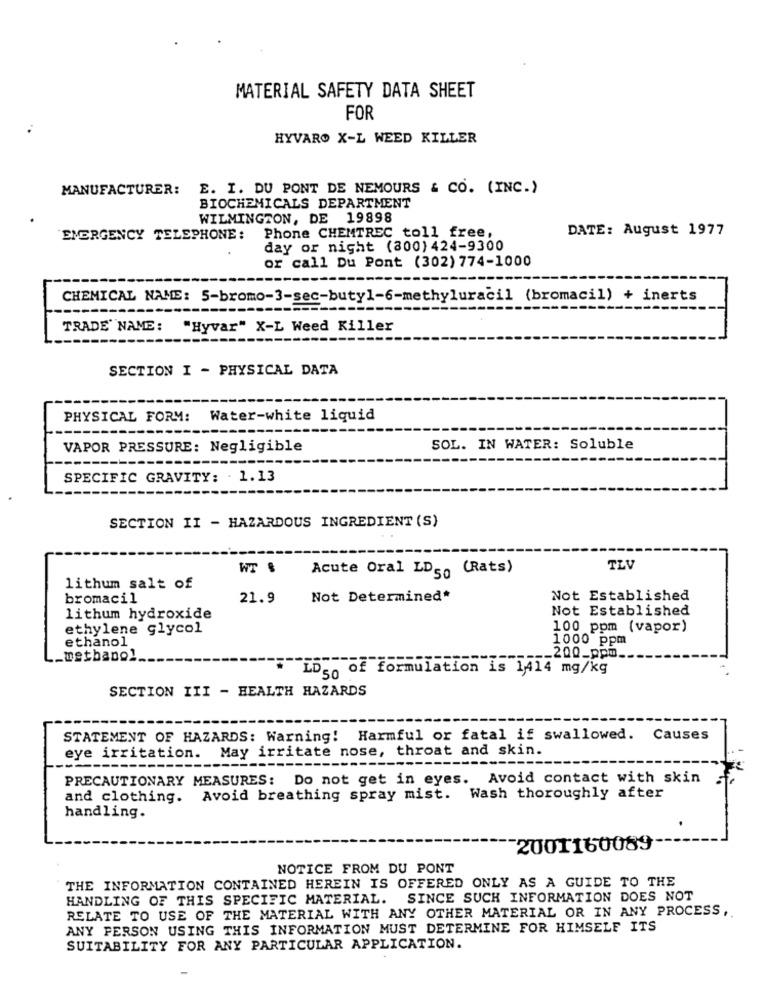
MATERIAL SAFETY DATA SHEET
FOR
HYVARO X-L WEED KILLER
MANUFACTURER:
E. I. DU PONT DE NEMOURS & CO. (INC.)
BIOCHEMICALS DEPARTMENT
WILMINGTON, DE 19898
Phone CHEMTREC toll free,
DATE: August 1977
EMERGENCY TELEPHONE:
day or night (800) 424-9300
or call Du Pont (302) 774-1000
CHEMICAL NAME: 5-bromo-3-sec-butyl-6-methyluracil (bromacil) + inerts
TRADE" NAME: "Hyvar" X-L Weed Killer
SECTION I - PHYSICAL DATA
PHYSICAL FORM:
Water-white liquid
VAPOR PRESSURE: Negligible
SOL. IN WATER: Soluble
SPECIFIC GRAVITY: . 1.13
SECTION II - HAZARDOUS INGREDIENT (S)
WT .
Acute Oral LD50 (Rats)
TLV
lithum salt of
bromacil
21.9
Not Determined*
Not Established
Not Established
lithum hydroxide
ethylene glycol
100 ppm (vapor)
ethanol
1000 ppm
methanol
__ 200_ppm.
LD50 of formulation is 1,414 mg/kg
SECTION III - HEALTH HAZARDS
STATEMENT OF HAZARDS: Warning: Harmful or fatal if swallowed. Causes
eye irritation. May irritate nose, throat and skin.
PRECAUTIONARY MEASURES: Do not get in eyes. Avoid contact with skin
and clothing. Avoid breathing spray mist. Wash thoroughly after
handling.
2001160089
NOTICE FROM DU PONT
THE INFORMATION CONTAINED HEREIN IS OFFERED ONLY AS A GUIDE TO THE
HANDLING OF THIS SPECIFIC MATERIAL.
SINCE SUCH INFORMATION DOES NOT
RELATE TO USE OF THE MATERIAL WITH ANY OTHER MATERIAL OR IN ANY PROCESS,
ANY PERSON USING THIS INFORMATION MUST DETERMINE FOR HIMSELF ITS
SUITABILITY FOR ANY PARTICULAR APPLICATION.